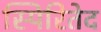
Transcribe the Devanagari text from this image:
स्पिरितेद